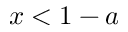
x < 1 - a